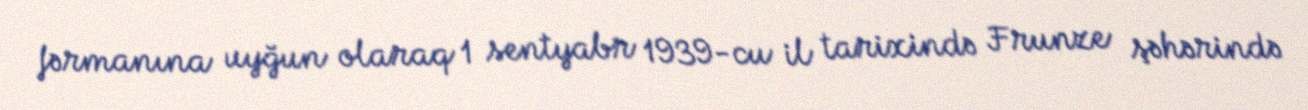
fərmanına uyğun olaraq 1 sentyabr 1939-cu il tarixində Frunze şəhərində